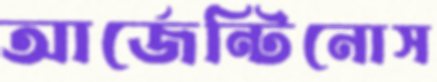
আর্জেন্টিনোস